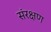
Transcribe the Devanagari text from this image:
संरक्षण